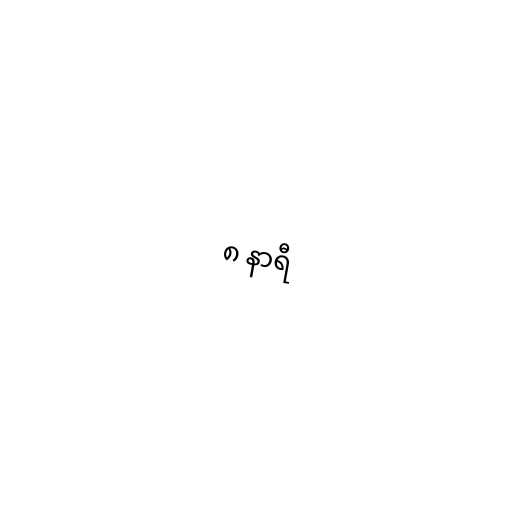
၈ နာရီ